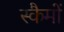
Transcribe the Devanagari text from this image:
स्कैमों